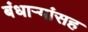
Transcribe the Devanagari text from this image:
बंधार्‍यांसह